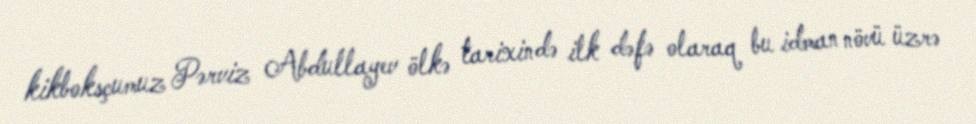
kikboksçumuz Pərviz Abdullayev ölkə tarixində ilk dəfə olaraq bu idman növü üzrə